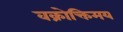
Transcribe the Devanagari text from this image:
वक्रोक्तिमय